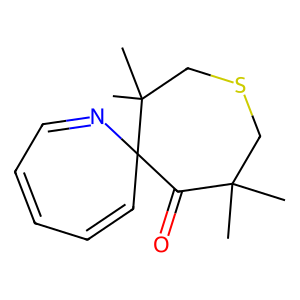
SMILES: CC1(C)CSCC(C)(C)C2(C=CC=CC=N2)C1=O
Inhibits HIV replication: No